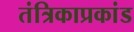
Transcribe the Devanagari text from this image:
तंत्रिकाप्रकांड